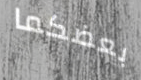
بعضكما